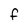
Character: F